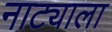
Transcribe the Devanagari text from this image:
नाट्याला